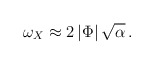
\begin{align*} \omega_{X}\approx 2\left|\Phi\right|\sqrt{\alpha }\,.\end{align*}